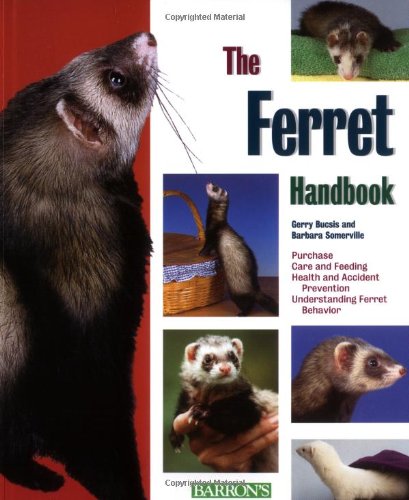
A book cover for The Ferret Handbook; Gerry Buscis; Crafts, Hobbies & Home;